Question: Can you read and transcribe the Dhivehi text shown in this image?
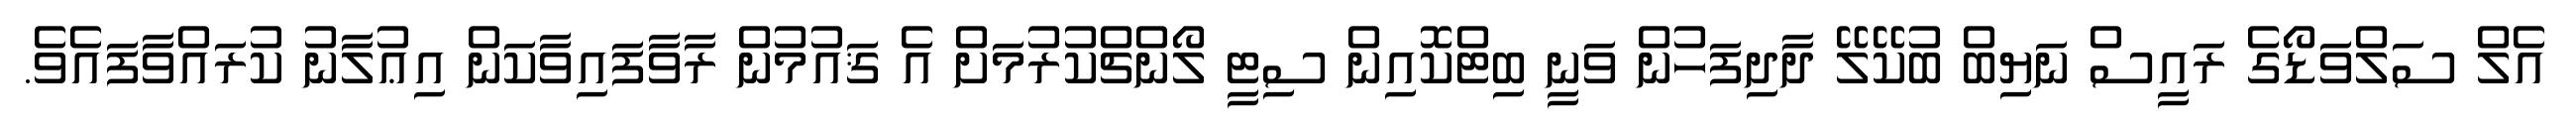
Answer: އެލް ސަލްވަޑޯގެ ރައީސް ނަޔިބް ބުކޭލޭ ދާދިފަހުން ވަނީ ބިޓްކޮއިން ސިޓީ ލޯންޗްކުރުމަށް އެ ޤައުމުން ރާވާފައިވާކަން އިޢުލާނު ކުރައްވާފައެވެ.